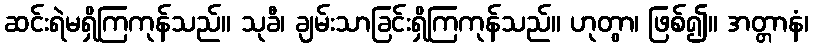
ဆင်းရဲမရှိကြကုန်သည်။ သုခီ၊ ချမ်းသာခြင်းရှိကြကုန်သည်။ ဟုတွာ၊ ဖြစ်၍။ အတ္တာနံ၊